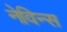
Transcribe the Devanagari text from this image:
नेविन्स